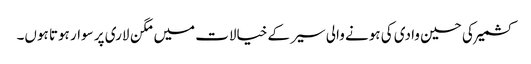
کشمیر کی حسین وادی کی ہونے والی سیر کے خیالات میں مگن لاری پر سوار ہوتا ہوں۔